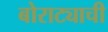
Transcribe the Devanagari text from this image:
बोराट्याची